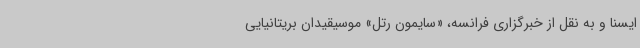
ایسنا و به نقل از خبرگزاری فرانسه، «سایمون رتل» موسیقیدان بریتانیایی